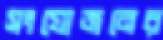
সংযোজনের